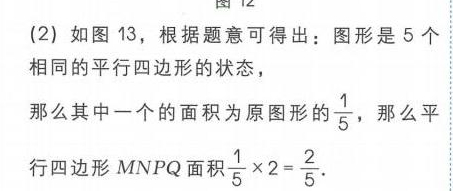
(2) 如图 13，根据题意可得出：图形是 5 个相同的平行四边形的状态，
那么其中一个的面积为原图形的\(\frac{1}{5}\)，那么平行四边形\(MNPQ\)面积\(\frac{1}{5} \times 2=\frac{2}{5}\).